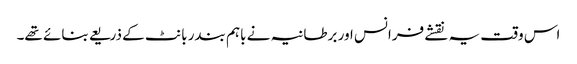
اس وقت یہ نقشے فرانس اور برطانیہ نے باہم بندر بانٹ کے ذریعے بنائے تھے۔